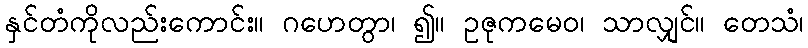
နှင်တံကိုလည်းကောင်း။ ဂဟေတွာ၊ ၍။ ဥဇုကမေဝ၊ သာလျှင်။ တေသံ၊